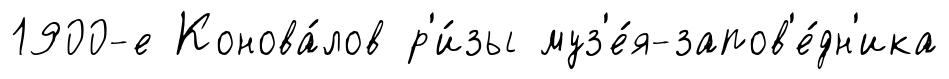
1900-е Конова́лов р'и́зы муз'е́я-запов'е́дн'ика